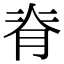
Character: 脊